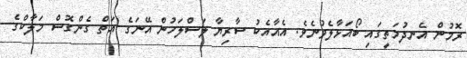
ރޮމުން އެނދުމަތީގައި ބޯއަޅާލެވުނެވެ. އެއާއެކު ސާރިޔާ ލަސްލަހުން އޭނަގެ އަތް ގެންގޮސް މަލާކްގެ